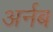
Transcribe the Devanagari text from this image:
अर्नब